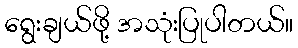
ရွေးချယ်ဖို့ အသုံးပြုပါတယ်။